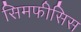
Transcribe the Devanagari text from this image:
सिमफीसिस